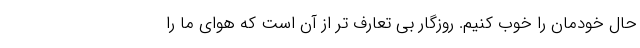
حال خودمان را خوب کنیم. روزگار بی تعارف تر از آن است که هوای ما را